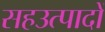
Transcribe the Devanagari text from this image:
सहउत्पादों